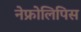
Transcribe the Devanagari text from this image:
नेफ्रोलिपिस